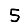
Digit: 5